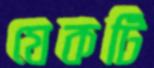
যেকটি